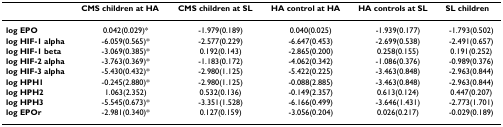
|  | CMS children at HA | CMS children at SL | HA control at HA | HA controls at SL | SL children |
 | --- | --- | --- | --- | --- | --- |
 | log EPO | 0.042(0.029)* | -1.979(0.189) | 0.040(0.025) | -1.939(0.177) | -1.793(0.502) |
 | log HIF-1 alpha | -6.059(0.565)* | -2.577(0.229) | -6.647(0.453) | -2.699(0.538) | -2.491(0.657) |
 | log HIF-1 beta | -3.069(0.385)* | 0.192(0.143) | -2.865(0.200) | 0.258(0.155) | 0.191(0.252) |
 | log HIF-2 alpha | -3.763(0.369)* | -1.183(0.172) | -4.062(0.342) | -1.086(0.376) | -0.989(0.376) |
 | log HIF-3 alpha | -5.430(0.432)* | -2.980(1.125) | -5.422(0.225) | -3.463(0.848) | -2.963(0.844) |
 | log HPH1 | -0.245(2.880)* | -2.980(1.125) | -0.088(2.885) | -3.463(0.848) | -2.963(0.844) |
 | log HPH2 | 1.063(2.352) | 0.532(0.136) | -0.149(2.357) | 0.613(0.124) | 0.447(0.207) |
 | log HPH3 | -5.545(0.673)* | -3.351(1.528) | -6.166(0.499) | -3.646(1.431) | -2.773(1.701) |
 | log EPOr | -2.981(0.340)* | 0.127(0.159) | -3.056(0.204) | 0.026(0.217) | -0.029(0.189) |